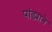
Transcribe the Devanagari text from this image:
पांड्याने